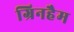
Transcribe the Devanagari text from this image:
ग्रिनहैम